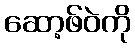
ဆော့ဖ်ဝဲကို